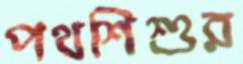
পথশিশুর